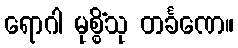
ရောဂါ မုစ္စိံသု တင်္ခဏေ။